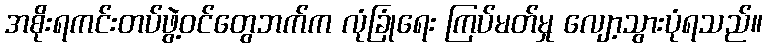
အစိုးရကင်းတပ်ဖွဲ့ဝင်တွေဘက်က လုံခြုံရေး ကြပ်မတ်မှု လျော့သွားပုံရသည်။